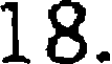
18.